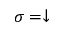
\sigma = \downarrow